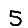
Digit: 5